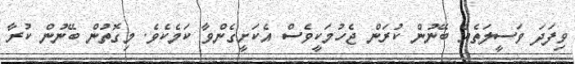
ވިފަދަ ވަސީލަތެއް ބޭނުން ކުރަން ޖެހުމަކީވެސް އެކަށީގެންވާ ކަމެކެވެ. މިގޮތުން ބޭނުން ކުރާ